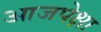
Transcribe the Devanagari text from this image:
आजपेक्षा